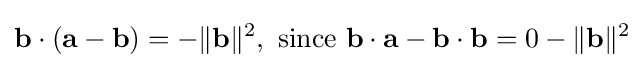
\mathbf {b} \cdot (\mathbf {a} -\mathbf {b} )=-\|\mathbf {b} \|^{2},\ {\text{since}}\ \mathbf {b} \cdot \mathbf {a} -\mathbf {b} \cdot \mathbf {b} =0-\|\mathbf {b} \|^{2}